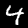
Label: 4